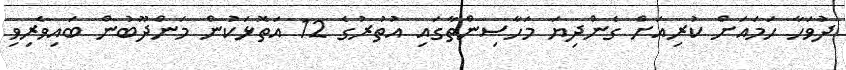
ދުވަހާ ހަމައަށް ކުރިއަށް ގެންދިޔަ މަހާސިންތާގައި އުތުރުގެ 12 އަތޮޅަކުން މަންދޫބުން ބައިވެރިވި